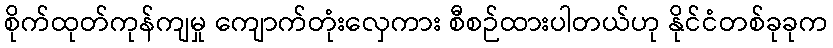
စိုက်ထုတ်ကုန်ကျမှု ကျောက်တုံးလှေကား စီစဉ်ထားပါတယ်ဟု နိုင်ငံတစ်ခုခုက